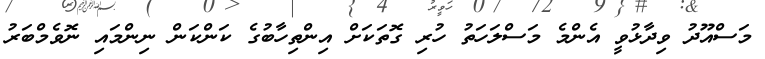
މަސްއޫދު ވިދާޅުވީ އެންމެ މަސްލަހަތު ހުރި ގޮތަކަށް އިންތިހާބުގެ ކަންކަން ނިންމައި ނޮވެމްބަރު